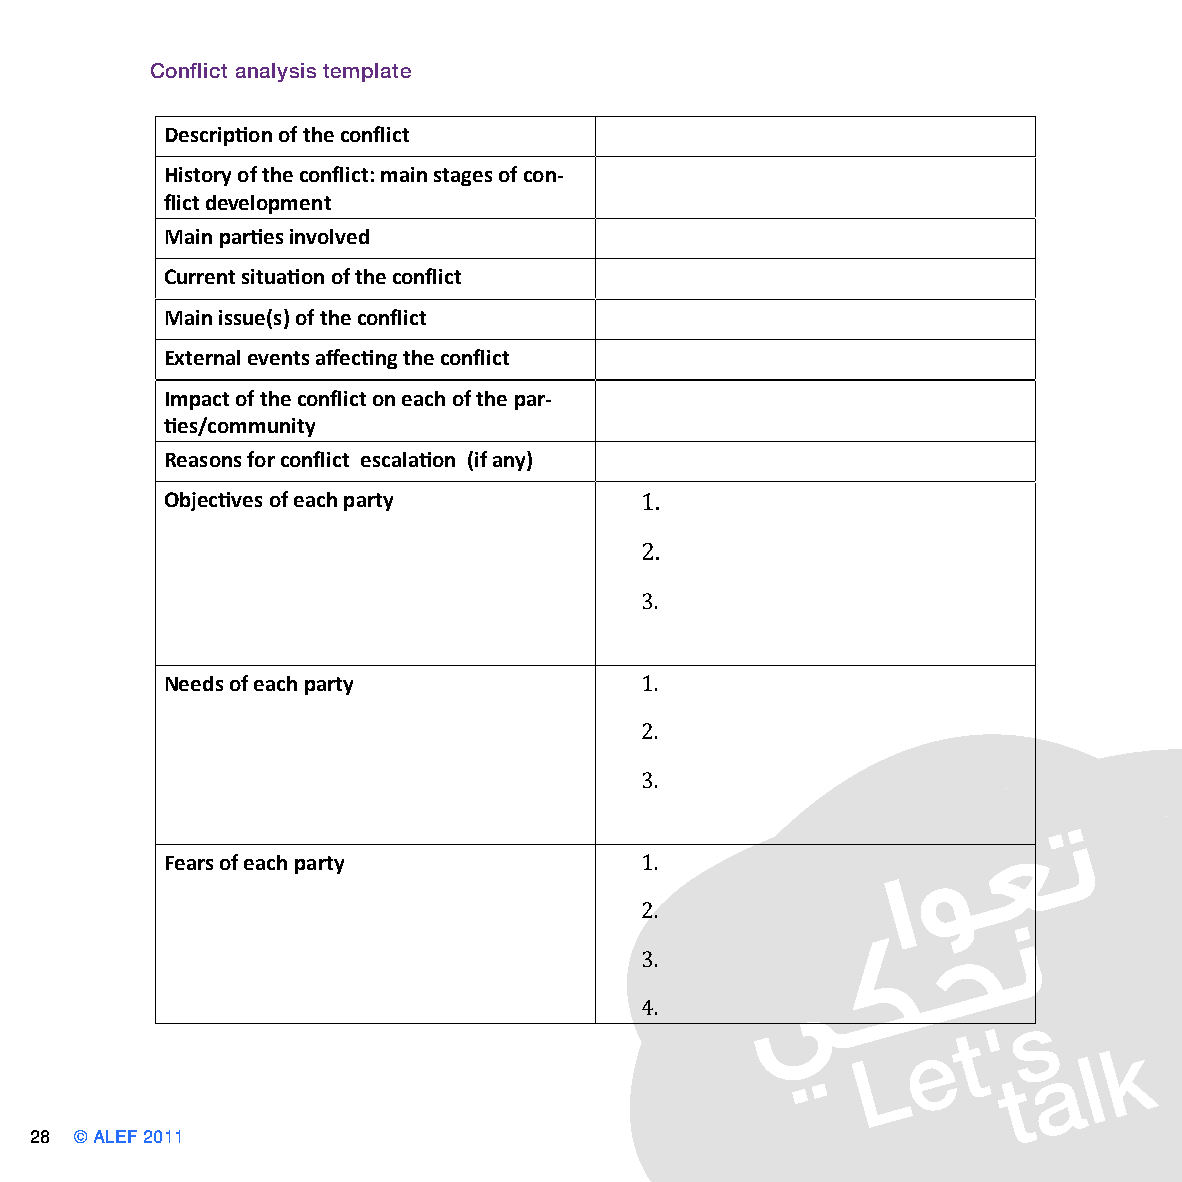
Conflict analysis template
 Description of the conflict
 History of the conflict: main stages of con-
 flict development
 Main parties involved
 Current situation of the conflict
 Main issue(s) of the conflict
 External events affecting the conflict
 Impact of the conflict on each of the par-
 ties/community
 Reasons for conflict escalation (if any)
 Objectives of each party
 1.
 2.
 3.
 Needs of each party
 1.
 2.
 3.
 Fears of each party
 1.
 2.
 3.
 4.
 28 © ALEF 2011